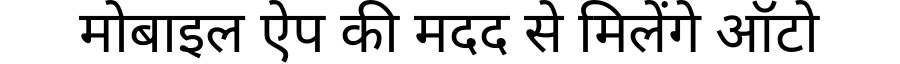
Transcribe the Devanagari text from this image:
मोबाइल ऐप की मदद से मिलेंगे ऑटो